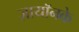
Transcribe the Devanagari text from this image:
ज़ायॉनके